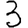
Digit: 3